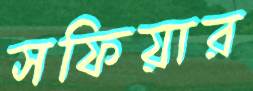
সফিয়ার